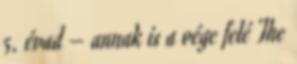
5. évad – annak is a vége felé The